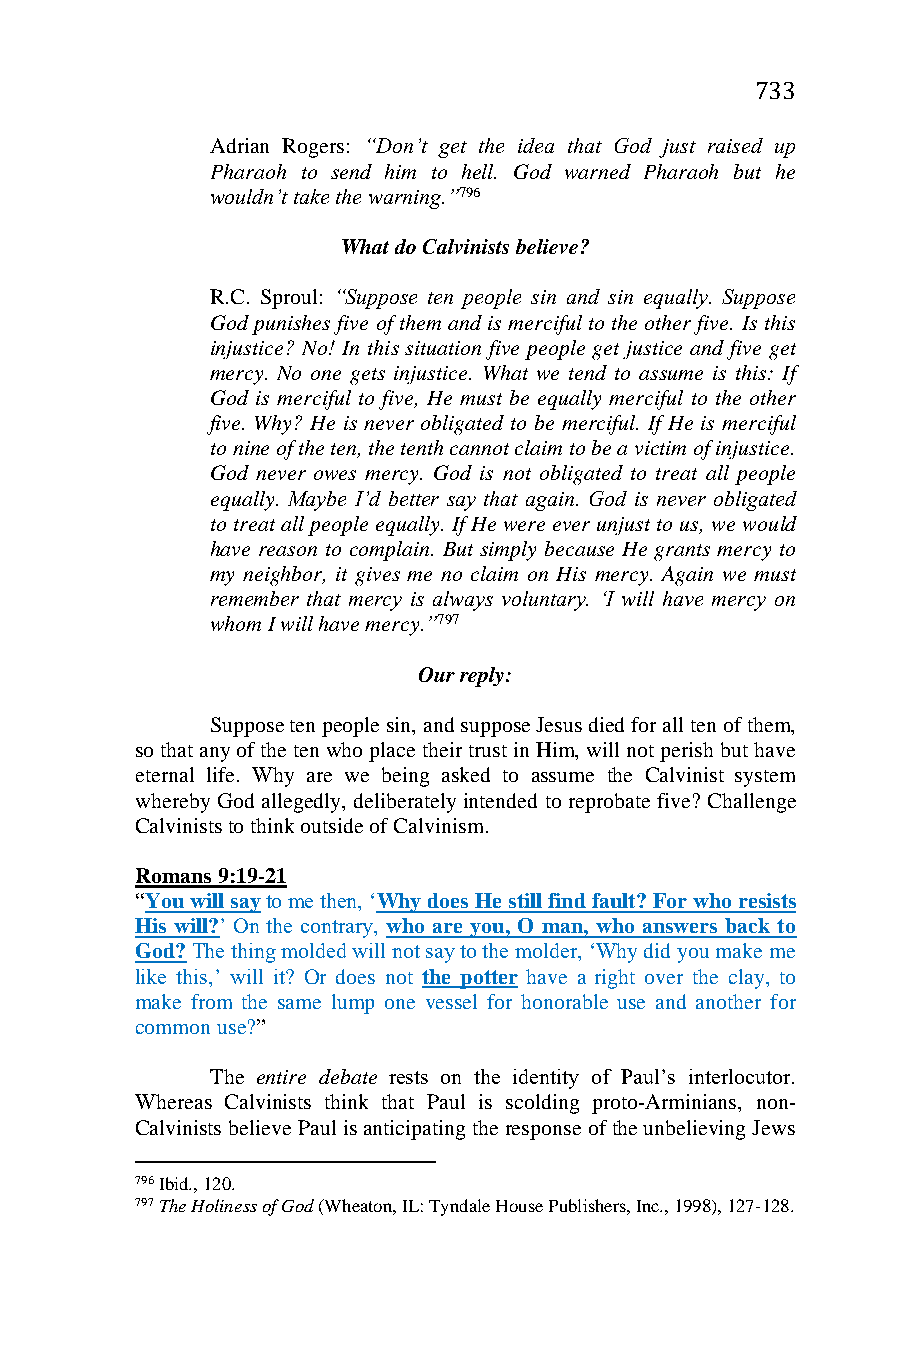
733
 Adrian Rogers: “Don’t get the idea that God just raised up
 Pharaoh to send him to hell. God warned Pharaoh but he
 wouldn’t take the warning.”796
 What do Calvinists believe?
 R.C. Sproul: “Suppose ten people sin and sin equally. Suppose
 God punishes five of them and is merciful to the other five. Is this
 injustice? No! In this situation five people get justice and five get
 mercy. No one gets injustice. What we tend to assume is this: If
 God is merciful to five, He must be equally merciful to the other
 five. Why? He is never obligated to be merciful. If He is merciful
 to nine of the ten, the tenth cannot claim to be a victim of injustice.
 God never owes mercy. God is not obligated to treat all people
 equally. Maybe I’d better say that again. God is never obligated
 to treat all people equally. If He were ever unjust to us, we would
 have reason to complain. But simply because He grants mercy to
 my neighbor, it gives me no claim on His mercy. Again we must
 remember that mercy is always voluntary. ‘I will have mercy on
 whom I will have mercy.”797
 Our reply:
 Suppose ten people sin, and suppose Jesus died for all ten of them,
 so that any of the ten who place their trust in Him, will not perish but have
 eternal life. Why are we being asked to assume the Calvinist system
 whereby God allegedly, deliberately intended to reprobate five? Challenge
 Calvinists to think outside of Calvinism.
 Romans 9:19-21
 “You will say to me then, ‘Why does He still find fault? For who resists
 His will?’ On the contrary, who are you, O man, who answers back to
 God? The thing molded will not say to the molder, ‘Why did you make me
 like this,’ will it? Or does not the potter have a right over the clay, to
 make from the same lump one vessel for honorable use and another for
 common use?”
 The entire debate rests on the identity of Paul’s interlocutor.
 Whereas Calvinists think that Paul is scolding proto-Arminians, non-
 Calvinists believe Paul is anticipating the response of the unbelieving Jews
 796 Ibid., 120.
 797 The Holiness of God (Wheaton, IL: Tyndale House Publishers, Inc., 1998), 127-128.